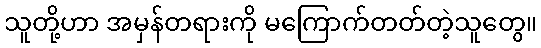
သူတို့ဟာ အမှန်တရားကို မကြောက်တတ်တဲ့သူတွေ။